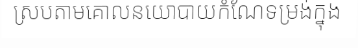
ស្របតាមគោលនយោបាយកំណែទម្រង់ក្នុង